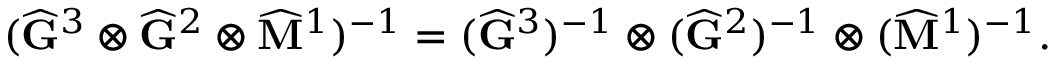
( \widehat { \mathbf { G } } ^ { 3 } \otimes \widehat { \mathbf { G } } ^ { 2 } \otimes \widehat { \mathbf { M } } ^ { 1 } ) ^ { - 1 } = ( \widehat { \mathbf { G } } ^ { 3 } ) ^ { - 1 } \otimes ( \widehat { \mathbf { G } } ^ { 2 } ) ^ { - 1 } \otimes ( \widehat { \mathbf { M } } ^ { 1 } ) ^ { - 1 } .